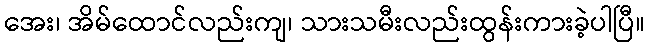
အေး၊ အိမ်ထောင်လည်းကျ၊ သားသမီးလည်းထွန်းကားခဲ့ပါပြီ။